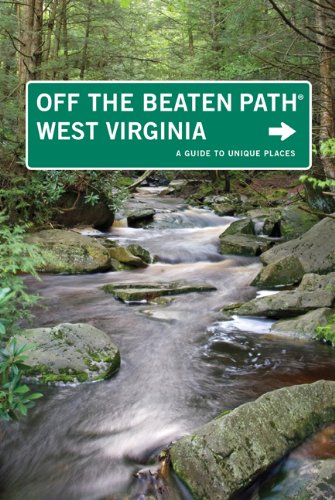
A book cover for West Virginia Off the Beaten Path, 7th: A Guide to Unique Places (Off the Beaten Path Series); Su Clauson-Wicker; Travel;